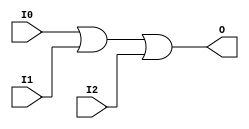
//    Xilinx Proprietary Primitive Cell X_OR3 for Verilog
//
// $Header: /devl/xcs/repo/env/Databases/CAEInterfaces/verplex_libs/data/simprims/X_OR3.v,v 1.3.198.3 2004/09/28 20:47:46 wloo Exp $
//

`celldefine
`timescale 1 ps/1 ps

module X_OR3 (O, I0, I1, I2);

  output O;
  input I0, I1, I2;

  or (O, I0, I1, I2);

endmodule